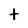
Character: t